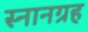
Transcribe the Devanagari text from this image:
स्नानग्रह